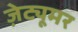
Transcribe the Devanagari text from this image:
ज़ेट्यूमर